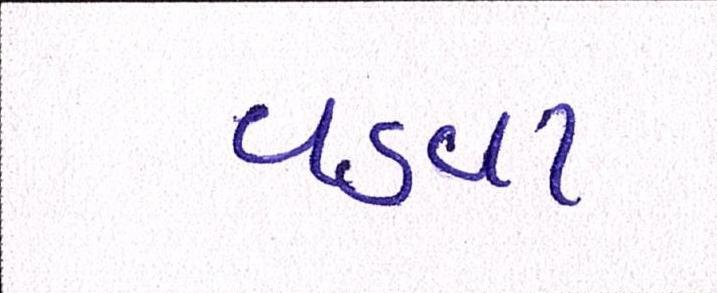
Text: વડવા